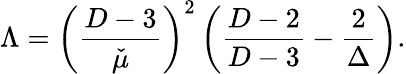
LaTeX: \Lambda=\left(\frac{D-3}{\check{\mu}}\right)^{2}\left(\frac{D-2}{D-3}-\frac{2}{\Delta}\right).